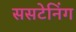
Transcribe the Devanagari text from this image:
ससटेनिंग